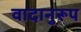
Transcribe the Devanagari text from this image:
वादानुरूप